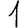
Digit: 1